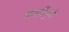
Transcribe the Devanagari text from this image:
काझींमुळे